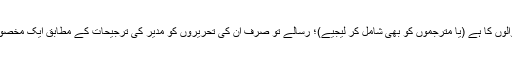
اس سرگرمی میں اصل فاعل کردار تو لکھنے والوں کا ہے (یا مترجموں کو بھی شامل کر لیجیے)؛ رسالے تو صرف ان کی تحریروں کو مدیر کی ترجیحات کے مطابق ایک مخصوص ترتیب میں پڑھنے والوں تک پہنچاتے ہیں۔